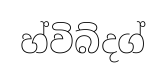
හ්විබ්දග්